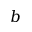
b